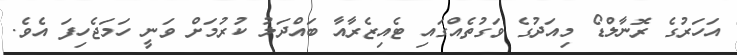
އަހަރުގެ ރޮނާލްޑޯ މިއަދުގެ ވަގުތެއްގައި ޓެއިޒެރާއާ ބައްދަލު ކުރުމަށް ވަނީ ހަމަޖެހިފަ އެވެ.